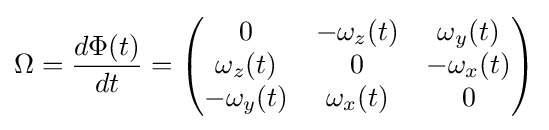
\Omega ={\frac {d\Phi (t)}{dt}}={\begin{pmatrix}0&-\omega _{z}(t)&\omega _{y}(t)\\\omega _{z}(t)&0&-\omega _{x}(t)\\-\omega _{y}(t)&\omega _{x}(t)&0\\\end{pmatrix}}